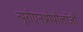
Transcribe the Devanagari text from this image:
न्यूरोएनथ्रोपोलॉजी